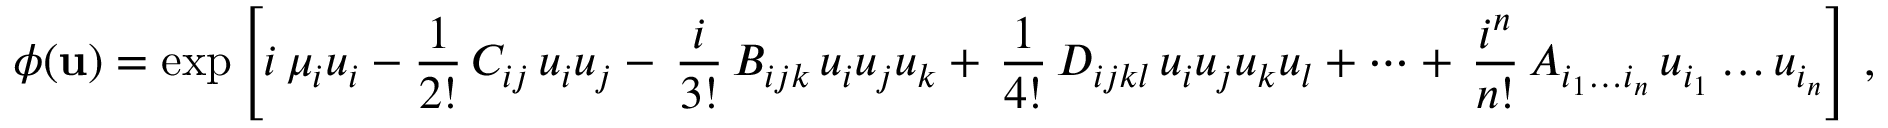
\phi ( { \bf u } ) = \exp \left[ i \, \mu _ { i } u _ { i } - { \frac { 1 } { 2 ! } } \, C _ { i j } \, u _ { i } u _ { j } - \, { \frac { i } { 3 ! } } \, B _ { i j k } \, u _ { i } u _ { j } u _ { k } + \, { \frac { 1 } { 4 ! } } \, D _ { i j k l } \, u _ { i } u _ { j } u _ { k } u _ { l } + \dots + \, { \frac { i ^ { n } } { n ! } } \, A _ { i _ { 1 } \dots i _ { n } } \, u _ { i _ { 1 } } \dots u _ { i _ { n } } \right] \, ,